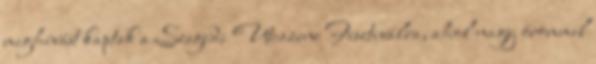
meghívást kaptak a Szegedi Utcazene Fesztiválra, ahol nagy örömmel